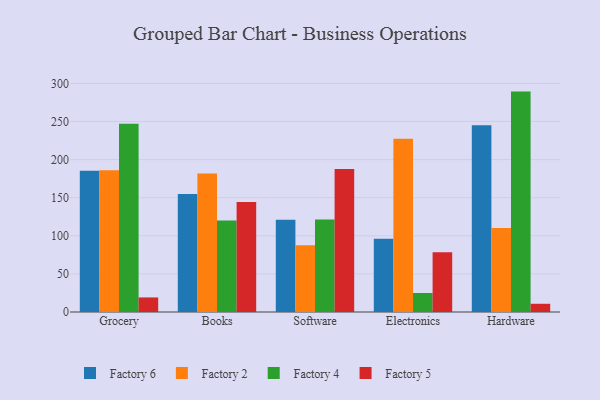
{"axis": {"x": "Category", "y": "Shipments"}, "legend": ["Factory 2", "Factory 4", "Factory 5", "Factory 6"], "data": [{"x": "Grocery", "y": 185.3, "type": "Factory 6"}, {"x": "Grocery", "y": 185.9, "type": "Factory 2"}, {"x": "Grocery", "y": 246.9, "type": "Factory 4"}, {"x": "Grocery", "y": 19.1, "type": "Factory 5"}, {"x": "Books", "y": 154.8, "type": "Factory 6"}, {"x": "Books", "y": 181.6, "type": "Factory 2"}, {"x": "Books", "y": 120.0, "type": "Factory 4"}, {"x": "Books", "y": 144.3, "type": "Factory 5"}, {"x": "Software", "y": 121.0, "type": "Factory 6"}, {"x": "Software", "y": 87.7, "type": "Factory 2"}, {"x": "Software", "y": 121.5, "type": "Factory 4"}, {"x": "Software", "y": 187.7, "type": "Factory 5"}, {"x": "Electronics", "y": 96.2, "type": "Factory 6"}, {"x": "Electronics", "y": 227.3, "type": "Factory 2"}, {"x": "Electronics", "y": 24.9, "type": "Factory 4"}, {"x": "Electronics", "y": 78.5, "type": "Factory 5"}, {"x": "Hardware", "y": 245.1, "type": "Factory 6"}, {"x": "Hardware", "y": 110.2, "type": "Factory 2"}, {"x": "Hardware", "y": 289.2, "type": "Factory 4"}, {"x": "Hardware", "y": 10.8, "type": "Factory 5"}]}